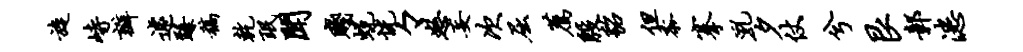
旋峙瓣遽臻稿乾珉闻贱蜕恍々怒妄次屈荐殷貂但黍搴乳夕仗兮艮鄣漶